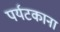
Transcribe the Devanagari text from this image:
पर्यटकाना